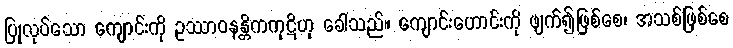
ပြုလုပ်သော ကျောင်းကို ဥဿာဝနန္တိကကုဋိဟု ခေါ်သည်။ ကျောင်းဟောင်းကို ဖျက်၍ဖြစ်စေ၊ အသစ်ဖြစ်စေ